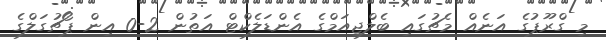
މި ގްރޫޕުގެ އަނެއް މެޗުގައި ބެލްޖިއަމްގެ އެންޑަލެކްޓް އަތުން 2-0 އިން ޕޯޗުގަލްގެ